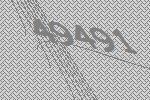
49491